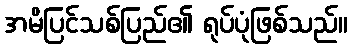
အမိပြင်သစ်ပြည်၏ ရုပ်ပုံဖြစ်သည်။